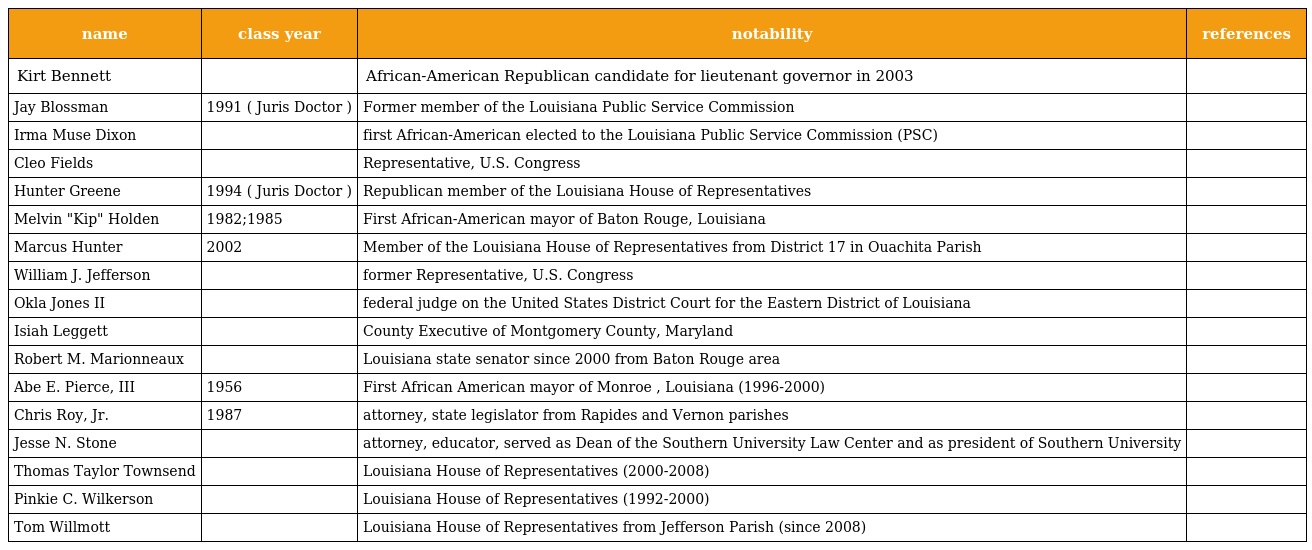
| name | class year | notability | references |
 | --- | --- | --- | --- |
 | Kirt Bennett |  | African-American Republican candidate for lieutenant governor in 2003 |  |
 | Jay Blossman | 1991 ( Juris Doctor ) | Former member of the Louisiana Public Service Commission |  |
 | Irma Muse Dixon |  | first African-American elected to the Louisiana Public Service Commission (PSC) |  |
 | Cleo Fields |  | Representative, U.S. Congress |  |
 | Hunter Greene | 1994 ( Juris Doctor ) | Republican member of the Louisiana House of Representatives |  |
 | Melvin "Kip" Holden | 1982;1985 | First African-American mayor of Baton Rouge, Louisiana |  |
 | Marcus Hunter | 2002 | Member of the Louisiana House of Representatives from District 17 in Ouachita Parish |  |
 | William J. Jefferson |  | former Representative, U.S. Congress |  |
 | Okla Jones II |  | federal judge on the United States District Court for the Eastern District of Louisiana |  |
 | Isiah Leggett |  | County Executive of Montgomery County, Maryland |  |
 | Robert M. Marionneaux |  | Louisiana state senator since 2000 from Baton Rouge area |  |
 | Abe E. Pierce, III | 1956 | First African American mayor of Monroe , Louisiana (1996-2000) |  |
 | Chris Roy, Jr. | 1987 | attorney, state legislator from Rapides and Vernon parishes |  |
 | Jesse N. Stone |  | attorney, educator, served as Dean of the Southern University Law Center and as president of Southern University |  |
 | Thomas Taylor Townsend |  | Louisiana House of Representatives (2000-2008) |  |
 | Pinkie C. Wilkerson |  | Louisiana House of Representatives (1992-2000) |  |
 | Tom Willmott |  | Louisiana House of Representatives from Jefferson Parish (since 2008) |  |